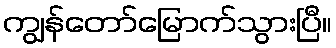
ကျွန်တော်မြောက်သွားပြီ။